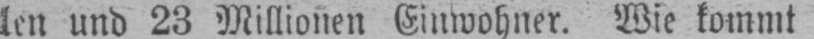
len und 23 Millionen Einwohner. Wie kommt